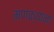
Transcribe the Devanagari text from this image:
मणक्यांना